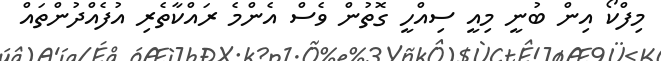
މިފްކޯ އިން ބުނީ މިއީ ސިއްހީ ގޮތުން ވެސް އެންމެ ރައްކާތެރި އުފެއްދުންތައް